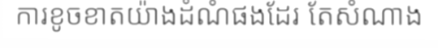
ការខូចខាតយ៉ាងដំណំផងដែរ តែសំណាង